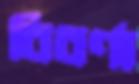
বিবর্ণা